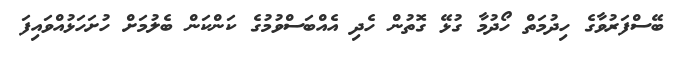
ބޭސްފަރުވާގެ ހިދުމަތް ހޯދުމާ ގުޅޭ ގޮތުން ހެދި އެއްބަސްވުމުގެ ކަންކަން ބެލުމަށް ހުށަހަޅުއްވައިފަ